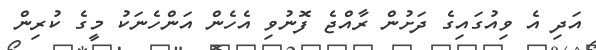
އަދި އެ ވިއުގައިގެ ދަށުން ރާއްޖެ ފޮނުވި އެހެން އަންހެނަކު މީގެ ކުރިން